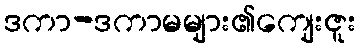
ဒကာ-ဒကာမများ၏ကျေးဇူး